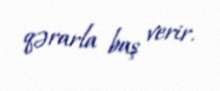
qərarla baş verir.